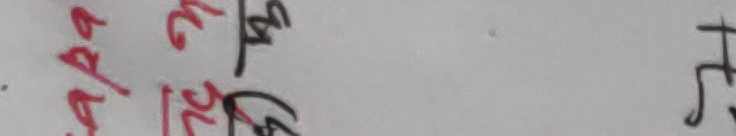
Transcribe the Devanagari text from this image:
अपाल
२०
३/८ ष्ट